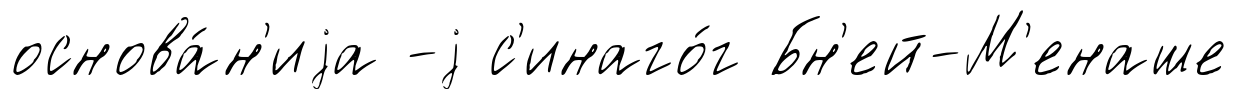
основа́н'иjа -j с'инаго́г Бн'ей-М'енаше